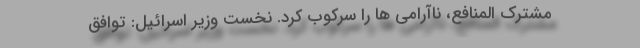
مشترک المنافع، ناآرامی ها را سرکوب کرد. نخست وزیر اسرائیل: توافق